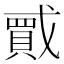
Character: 𫼇